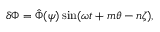
\begin{array} { r } { \delta \Phi = \hat { \Phi } ( \psi ) \sin ( \omega t + m \theta - n \zeta ) , } \end{array}